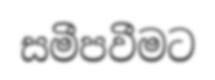
සමීපවීමට